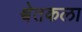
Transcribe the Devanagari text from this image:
श्वेतकला